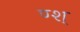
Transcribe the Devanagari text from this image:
ण्श्